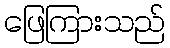
ဖြေကြားသည်